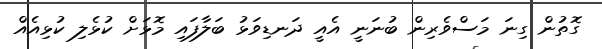
ގޮތުން ގިނަ މަސްވެރިން ބުނަނީ އެއީ ދަނޑިވަޅު ބަލާފައި މޮޅަށް ކުޅެލި ކުޅިއެއް